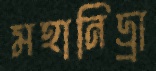
মহানিদ্র্রা